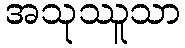
အသုဿူသာ